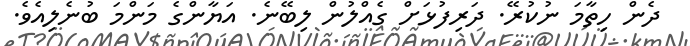
ދެން ހިތާމަ ނުކުރޭ. ދަރިފުޅަށް ގެއްލުން ލިބޭނެ. އަޔާންގެ މަންމަ ބުނެލިއެވެ.